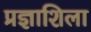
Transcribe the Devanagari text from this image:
प्रज्ञाशिला